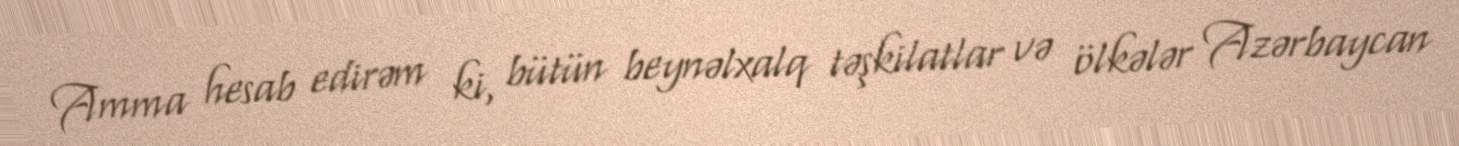
Amma hesab edirəm ki, bütün beynəlxalq təşkilatlar və ölkələr Azərbaycan